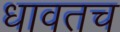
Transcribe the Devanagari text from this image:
धावतच